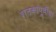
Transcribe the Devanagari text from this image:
शतकांपूर्वीचा